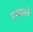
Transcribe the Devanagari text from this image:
मस्तानने